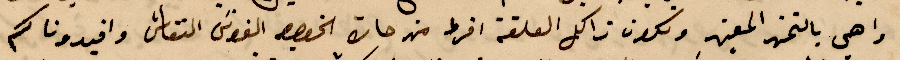
واهي %% ونكون ذالك العلقة افرط من حات الخصوص الفونس النقاش وافيدونا كم